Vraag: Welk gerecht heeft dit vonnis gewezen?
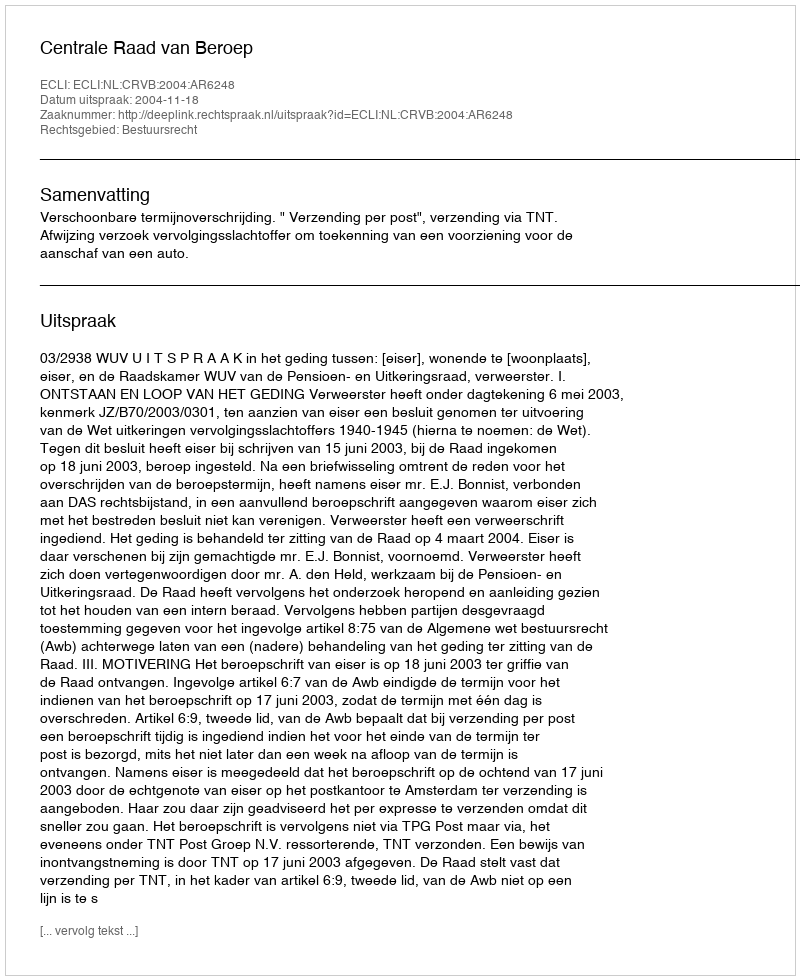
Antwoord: Centrale Raad van Beroep